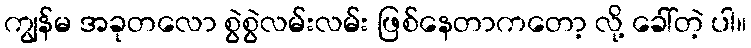
ကျွန်မ အခုတလော စွဲစွဲလမ်းလမ်း ဖြစ်နေတာကတော့ လို့ ခေါ်တဲ့ ပါ။